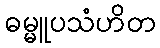
ဓမ္မူပသံဟိတ